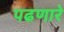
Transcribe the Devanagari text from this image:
पढणारे